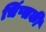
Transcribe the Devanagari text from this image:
चिंप्सकी